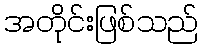
အတိုင်းဖြစ်သည်